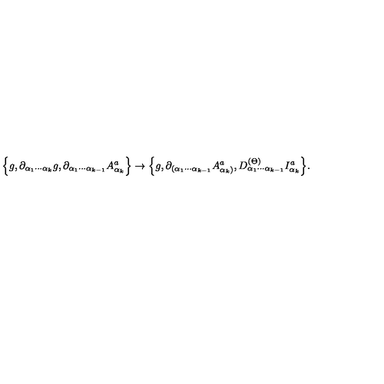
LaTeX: \Big \{ g , \partial _ { \alpha _ { 1 } \cdots \alpha _ { k } } g , \partial _ { \alpha _ { 1 } \cdots \alpha _ { k - 1 } } A _ { \alpha _ { k } } ^ { a } \Big \} \rightarrow \Big \{ g , \partial _ { ( \alpha _ { 1 } \cdots \alpha _ { k - 1 } } A _ { \alpha _ { k } ) } ^ { a } , D _ { \alpha _ { 1 } \cdots \alpha _ { k - 1 } } ^ { ( \Theta ) } I _ { \alpha _ { k } } ^ { a } \Big \} .